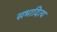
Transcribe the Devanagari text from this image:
सभादित्य